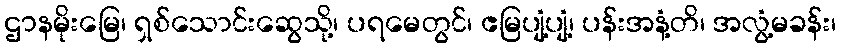
ဌာနမိုးမြေ၊ ရှစ်သောင်းဆွေသို့၊ ပရမေတွင်၊ ဧမြပျံ့ပျံ့၊ ပန်းအနံ့တိ၊ အလွံ့မခန်း၊